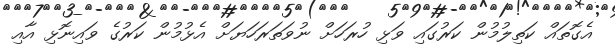
އެގޮތައް ކަތިލުމުން ކަރުގައި ވަޅި ހުރަހަށް ނުވަތަރަހަޔަށް އެޅުމުން ކަރުގެ ވައިނޮޅި އާއި